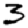
Digit: 3